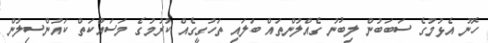
ހޮނު އެޅުމުގެ ސަބަބުން ލިބުނު ގެއްލުންތައް ބަލައި ތަހުގީގެއް ކުރުމުގެ މަސައްކަތް ކައުންސިލުން